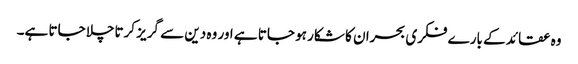
وہ عقائد کے بارے فکری بحران کا شکار ہو جاتا ہے اور وہ دین سے گریز کرتاچلا جاتا ہے۔